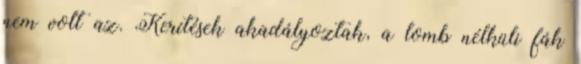
nem volt az. Kerítések akadályoztak, a lomb nélküli fák